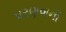
પરણવાની